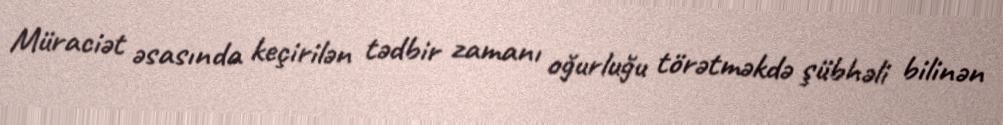
Müraciət əsasında keçirilən tədbir zamanı oğurluğu törətməkdə şübhəli bilinən